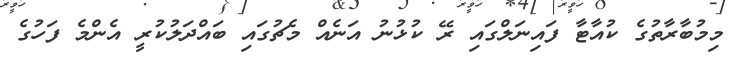
މިމުބާރާތުގެ ކުއާޓާ ފައިނަލްގައި ރޭ ކުޅުނު އަނެއް މެޗުގައި ބައްދަލުކުރީ އެންމެ ފަހުގެ